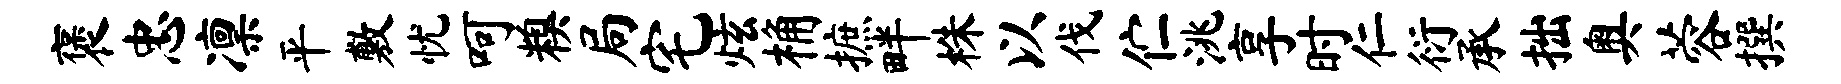
褒忠凛平敷忧呵糗局宅炫桷摭畔株以伐伫洮享时仁衍承拙奥蓉撰